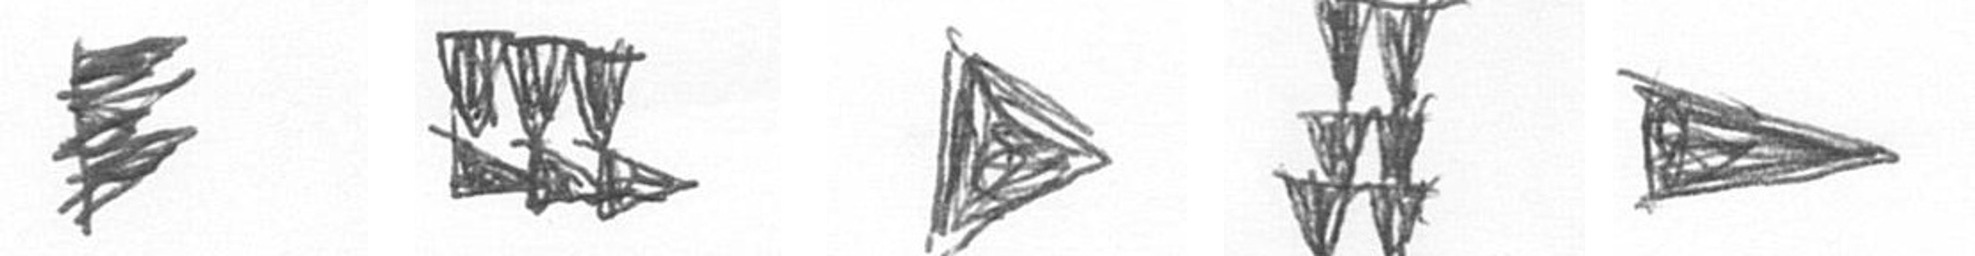
H D T Y T